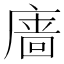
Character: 𪪞